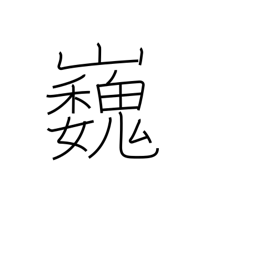
Meaning: high